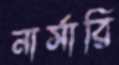
নার্সারি